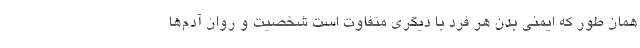
همان‌ طور که ایمنی بدن هر فرد با دیگری متفاوت است شخصیت و روان آدم‌ها